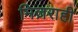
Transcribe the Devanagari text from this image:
मिज़राही